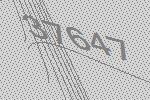
37647